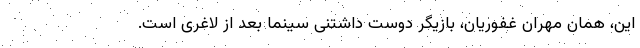
این، همان مهران غفوریان، بازیگر دوست داشتنی سینما بعد از لاغری است.